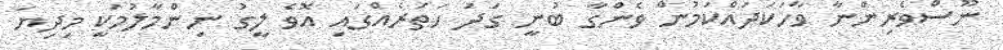
ނޫސްވެރިންނާ ވާހަކަދައްކަމުން ވެންގާ ބުނީ ގަދަ ހަތަރެއްގައި އޮވެ ލީގު ނިންމާލުމަކީ މިދިޔަ